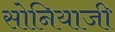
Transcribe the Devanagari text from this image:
सोनियाजी